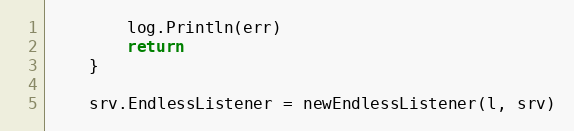
Language: Go
		log.Println(err)
		return
	}

	srv.EndlessListener = newEndlessListener(l, srv)